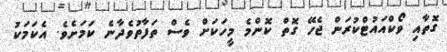
ގޮތާއި ވޯކްއައުޓްކުރަން ޖެހޭ ގޮތް ކޮންމެ މީހަކަށް ވެސް ތަފާތުވެދާނެ ކަމަށެވެ. އެކަމަކު